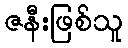
ဇနီးဖြစ်သူ